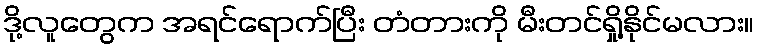
ဒို့လူတွေက အရင်ရောက်ပြီး တံတားကို မီးတင်ရှို့နိုင်မလား။